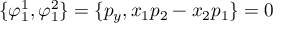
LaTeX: \{ \varphi _ { 1 } ^ { 1 } , \varphi _ { 1 } ^ { 2 } \} = \{ p _ { y } , x _ { 1 } p _ { 2 } - x _ { 2 } p _ { 1 } \} = 0